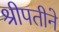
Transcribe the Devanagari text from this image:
श्रीपतीने